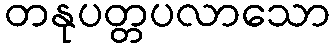
တနုပတ္တပလာသော